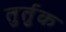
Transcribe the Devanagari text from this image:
तुर्तुक